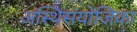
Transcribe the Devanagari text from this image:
अस्थिसंयोजिका